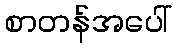
စာတန်အပေါ်